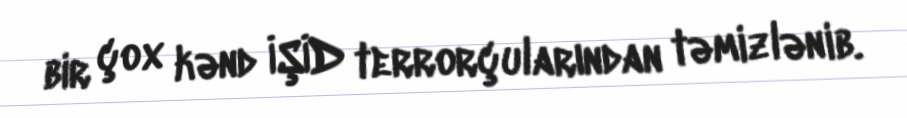
bir çox kənd İŞİD terrorçularından təmizlənib.